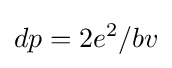
dp=2e^{2}/bv